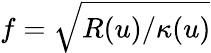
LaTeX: f=\sqrt{R(u)/\kappa(u)}